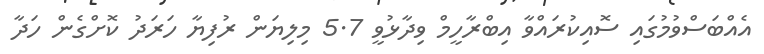
އެއްބަސްވުމުގައި ސޮއިކުރައްވާ އިބްރާހީމް ވިދާޅުވީ 5.7 މިލިޔަން ރުފިޔާ ހަރަދު ކޮށްގެން ހަދާ